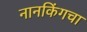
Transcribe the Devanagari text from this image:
नानकिंगचा